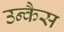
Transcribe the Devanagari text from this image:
उन्कैस